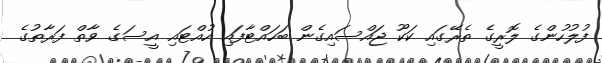
ފުލުހުންގެ ލޮރީގެ ތެރޭގައި ކަކޫ ޖައްސައިގެން ބަހައްޓާފައި ހުއްޓައި އީސަގެ ވާތް ފަރާތުގެ